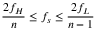
{ \frac { 2 f _ { H } } { n } } \leq f _ { s } \leq { \frac { 2 f _ { L } } { n - 1 } }